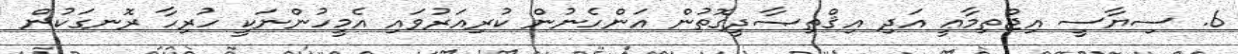
6. ސިޔާސީ އިޖްތިމާޢީ އަދި އިޤްތިޞާދީގޮތުން އަންހެނުން ކުރިއަރުވައި އެމީހުންނަކީ ހުރިހާ ރޮނގަކުން